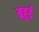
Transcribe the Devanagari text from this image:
ब्रहुई